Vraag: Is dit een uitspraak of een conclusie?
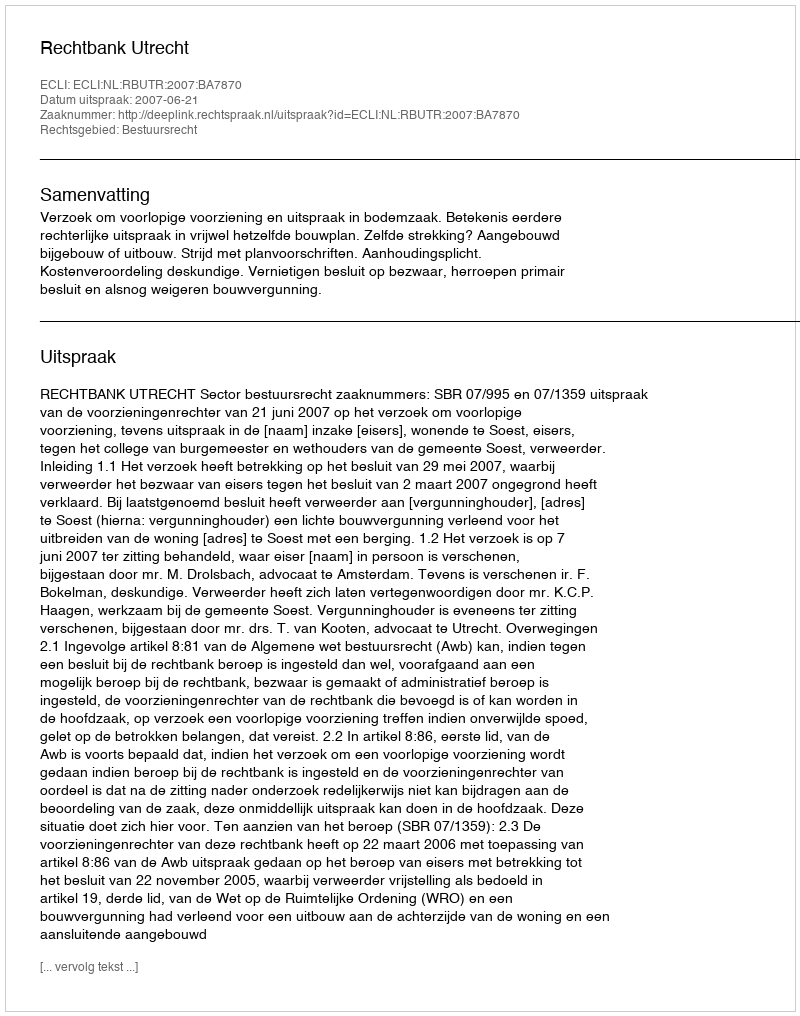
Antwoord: Uitspraak